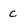
Character: c